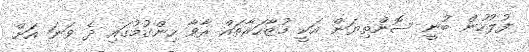
ފުލުހުން ބުނީ ސޮންތިޔަން އަކީ މުޒާހަރާތައް ރާވާ ހިންގުމުގައި ދެ ވަނަ އަށް